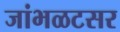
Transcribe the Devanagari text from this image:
जांभळटसर